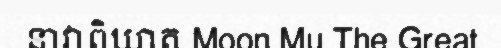
នាវាពិឃាត Moon Mu The Great